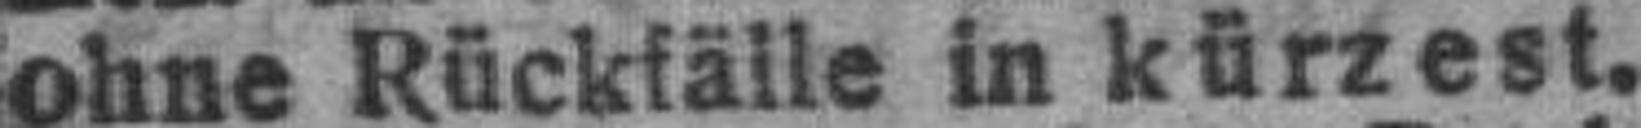
ohne Rückfälle in kürzest.